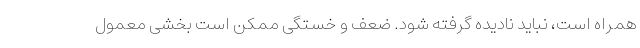
همراه است، نباید نادیده گرفته شود. ضعف و خستگی ممکن است بخشی معمول